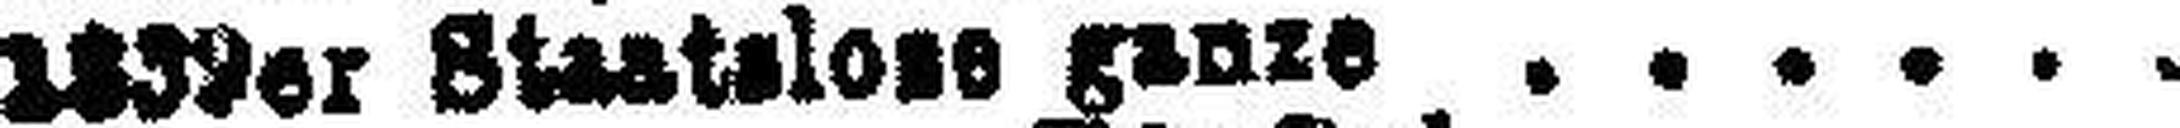
1839er Staatalose ganze